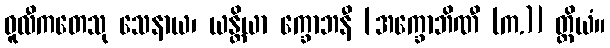
ဓူလီကတေသု သေနာယ၊ ယန္တိယာ က္ခောဘနီ [အက္ခောဘိဏီ (က.)] တ္ထိယံ။